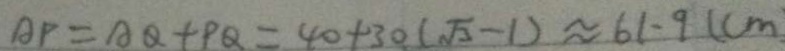
A P = A Q + P Q = 4 0 + 3 0 ( \sqrt { 3 } - 1 ) \approx 6 1 . 9 ( c m